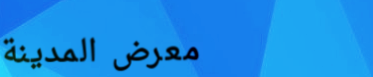
معرض المدينة